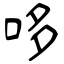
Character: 哆